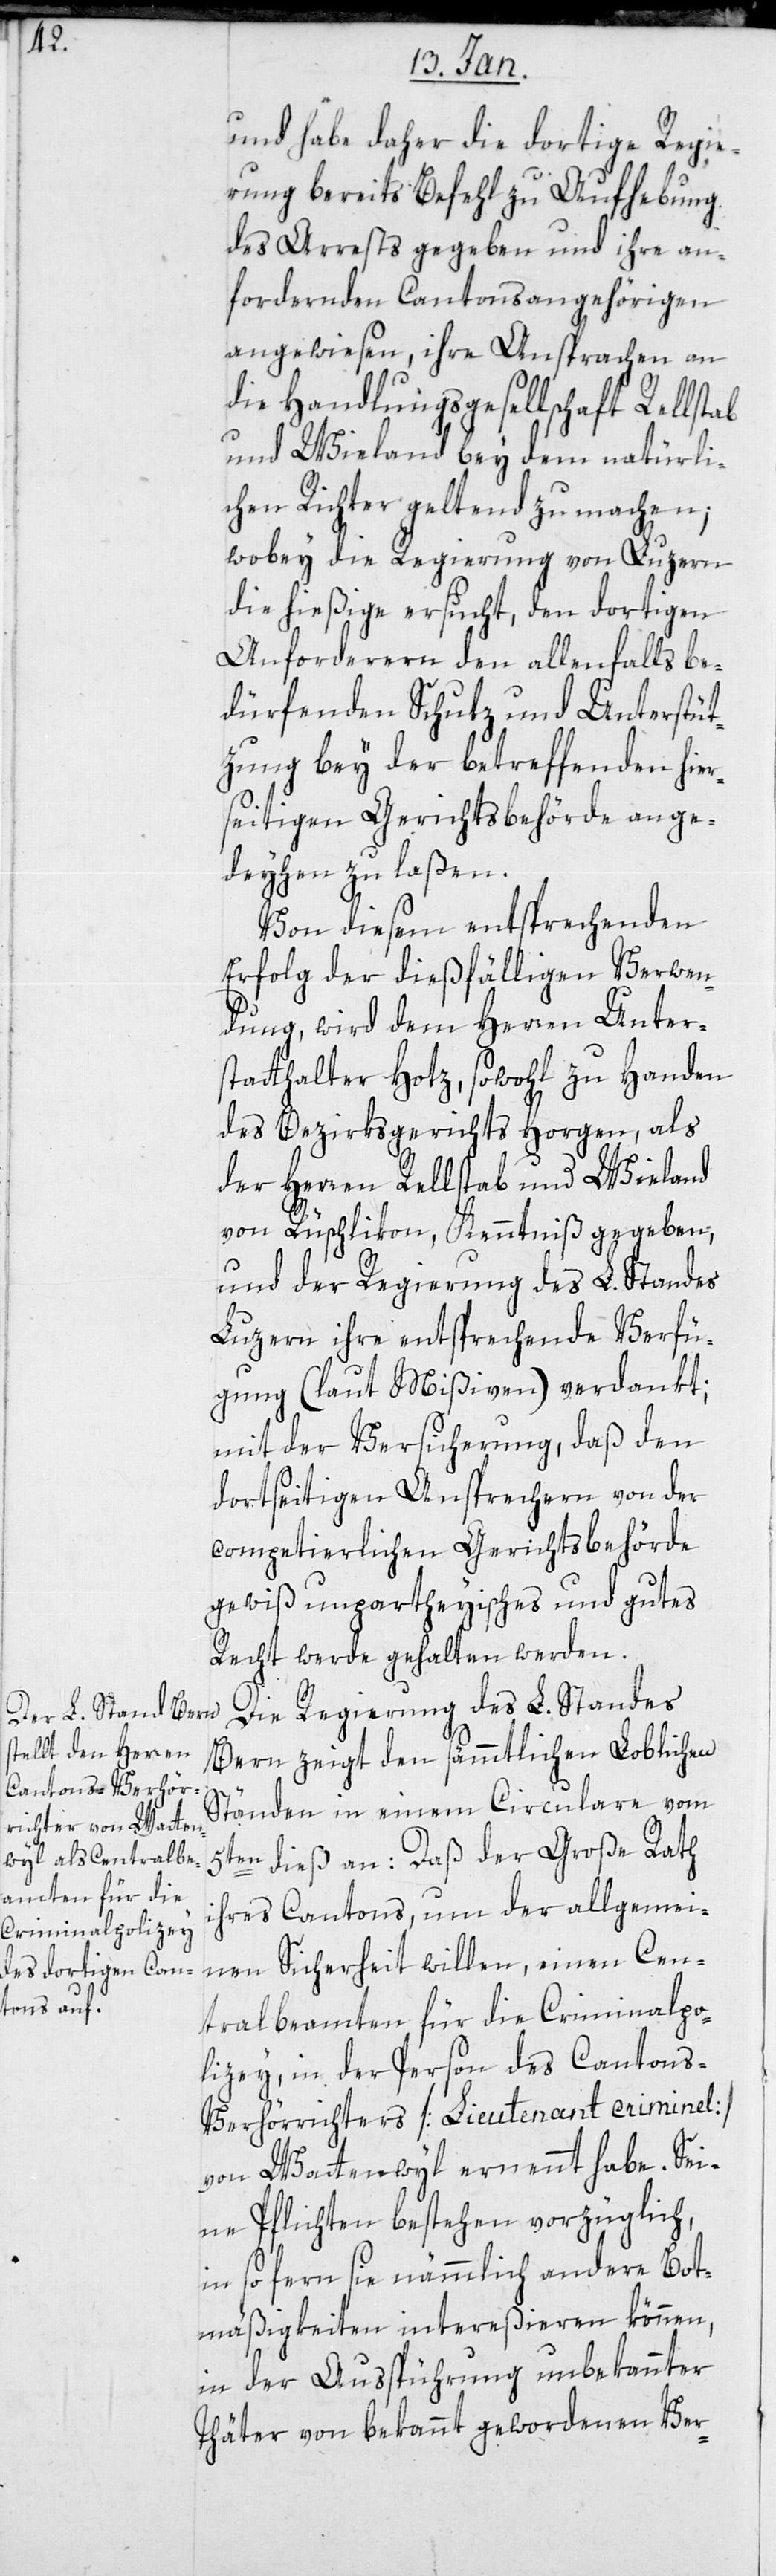
und habe daher die dortige Regie¬
rung bereits Befehl zu Aufhebung
des Arrests gegeben und ihre an¬
fordernden Cantonsangehörigen
angewiesen, ihre Ansprachen an
die Handlungsgesellschaft Rellstab
und Wieland bey dem natürli¬
chen Richter geltend zu machen;
wobei die Regierung von Luzern
die hießige ersucht, den dortigen
Anforderern den allenfalls be¬
dürfenden Schutz und Unterstüt¬
zung bey der betreffenden hie¬
rseitigen Gerichtsbehörde ange¬
deyhen zu laßen.
Von diesem entsprechenden
Erfolg der dießfälligen Verwen¬
dung, wird dem Herren Unter¬
statthalter Hotz sowohl zu Handen
des Bezirksgerichts Horgen, als
der Herren Rellstab und Wieland
von Rüschlikon, Kenntniß gegeben,
und der Regierung des L. Standes
Luzern ihre entsprechende Verfü¬
gung (laut Mißiven) verdankt;
mit der Versicherung, daß den
dortseitigen Ansprechern von der
competierlichen Gerichtsbehörde
gewiß unparteiisches und gutes
Recht werde gehalten werden.
Die Regierung des L. Standes
Bern zeigt den sämtlichen Loblichen
Ständen in einem Circulare vom
5ten dieß an: daß der Große Rath
ihres Cantons, um der allgemei¬
nen Sicherheit willen, einen Cen¬
tralbeamten für die Criminalpo¬
lizey, in der Person des Cantons-V¬
erhörrichters [Lieutenant criminel]
von Wattenwyl ernennt habe. Sei¬
ne Pflichten bestehen vorzüglich,
in so fern sie nämmlich andere Bot¬
mäßigkeiten intereßieren können,
in der Ausspührung unbekannter
Thäter von bekannt gewordenen Ver-